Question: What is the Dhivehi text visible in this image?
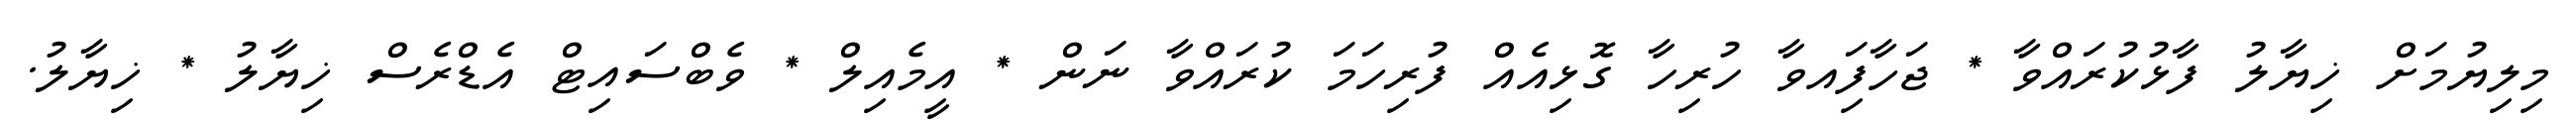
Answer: މިލިޔުމަށް ޚިޔާލު ފާޅުކުރައްވާ * ޖަހާފަިއވާ ހުރިހާ ގޮޅިއެއް ފުރިހަމަ ކުރައްވާ ނަން * އީމެއިލް * ވެބްސައިޓް އެޑްރެސް ޚިޔާލު * ޚިޔާލު.